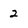
Character: 2